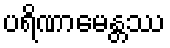
ပရိဏာမေန္တဿ